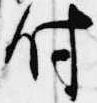
付